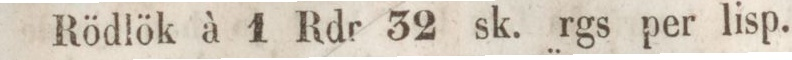
Rödlök à 1 Rdr 32 sk. rgs per lisp.